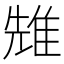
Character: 𨾷